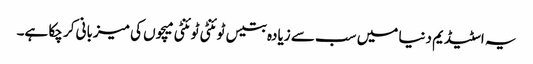
یہ اسٹیڈیم دنیا میں سب سے زیادہ بتیس ٹوئنٹی ٹوئنٹی میچوں کی میزبانی کر چکا ہے۔